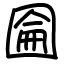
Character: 圇